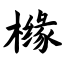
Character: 橼